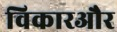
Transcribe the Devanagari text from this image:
विकारऔर